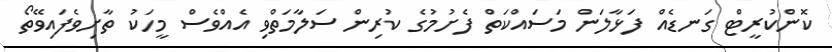
ކޮންކުރީޓް ގަނޑެއް ފަޅާލަން މަސައްކަތް ފެށުމުގެ ކުރިން ސަލާމަތްވި އެއްވެސް މީހަކު ތާށިވެފައިވޭތޯ